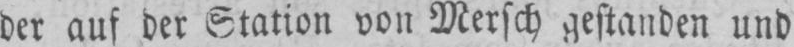
der anf der Station von Mersch gestanden und